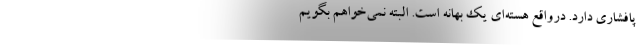
پافشاری دارد. درواقع هسته‌ای یک بهانه است. البته نمی‌خواهم بگویم